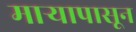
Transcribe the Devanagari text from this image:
माऱ्यापासून